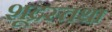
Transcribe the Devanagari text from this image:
शूद्रस्तथा